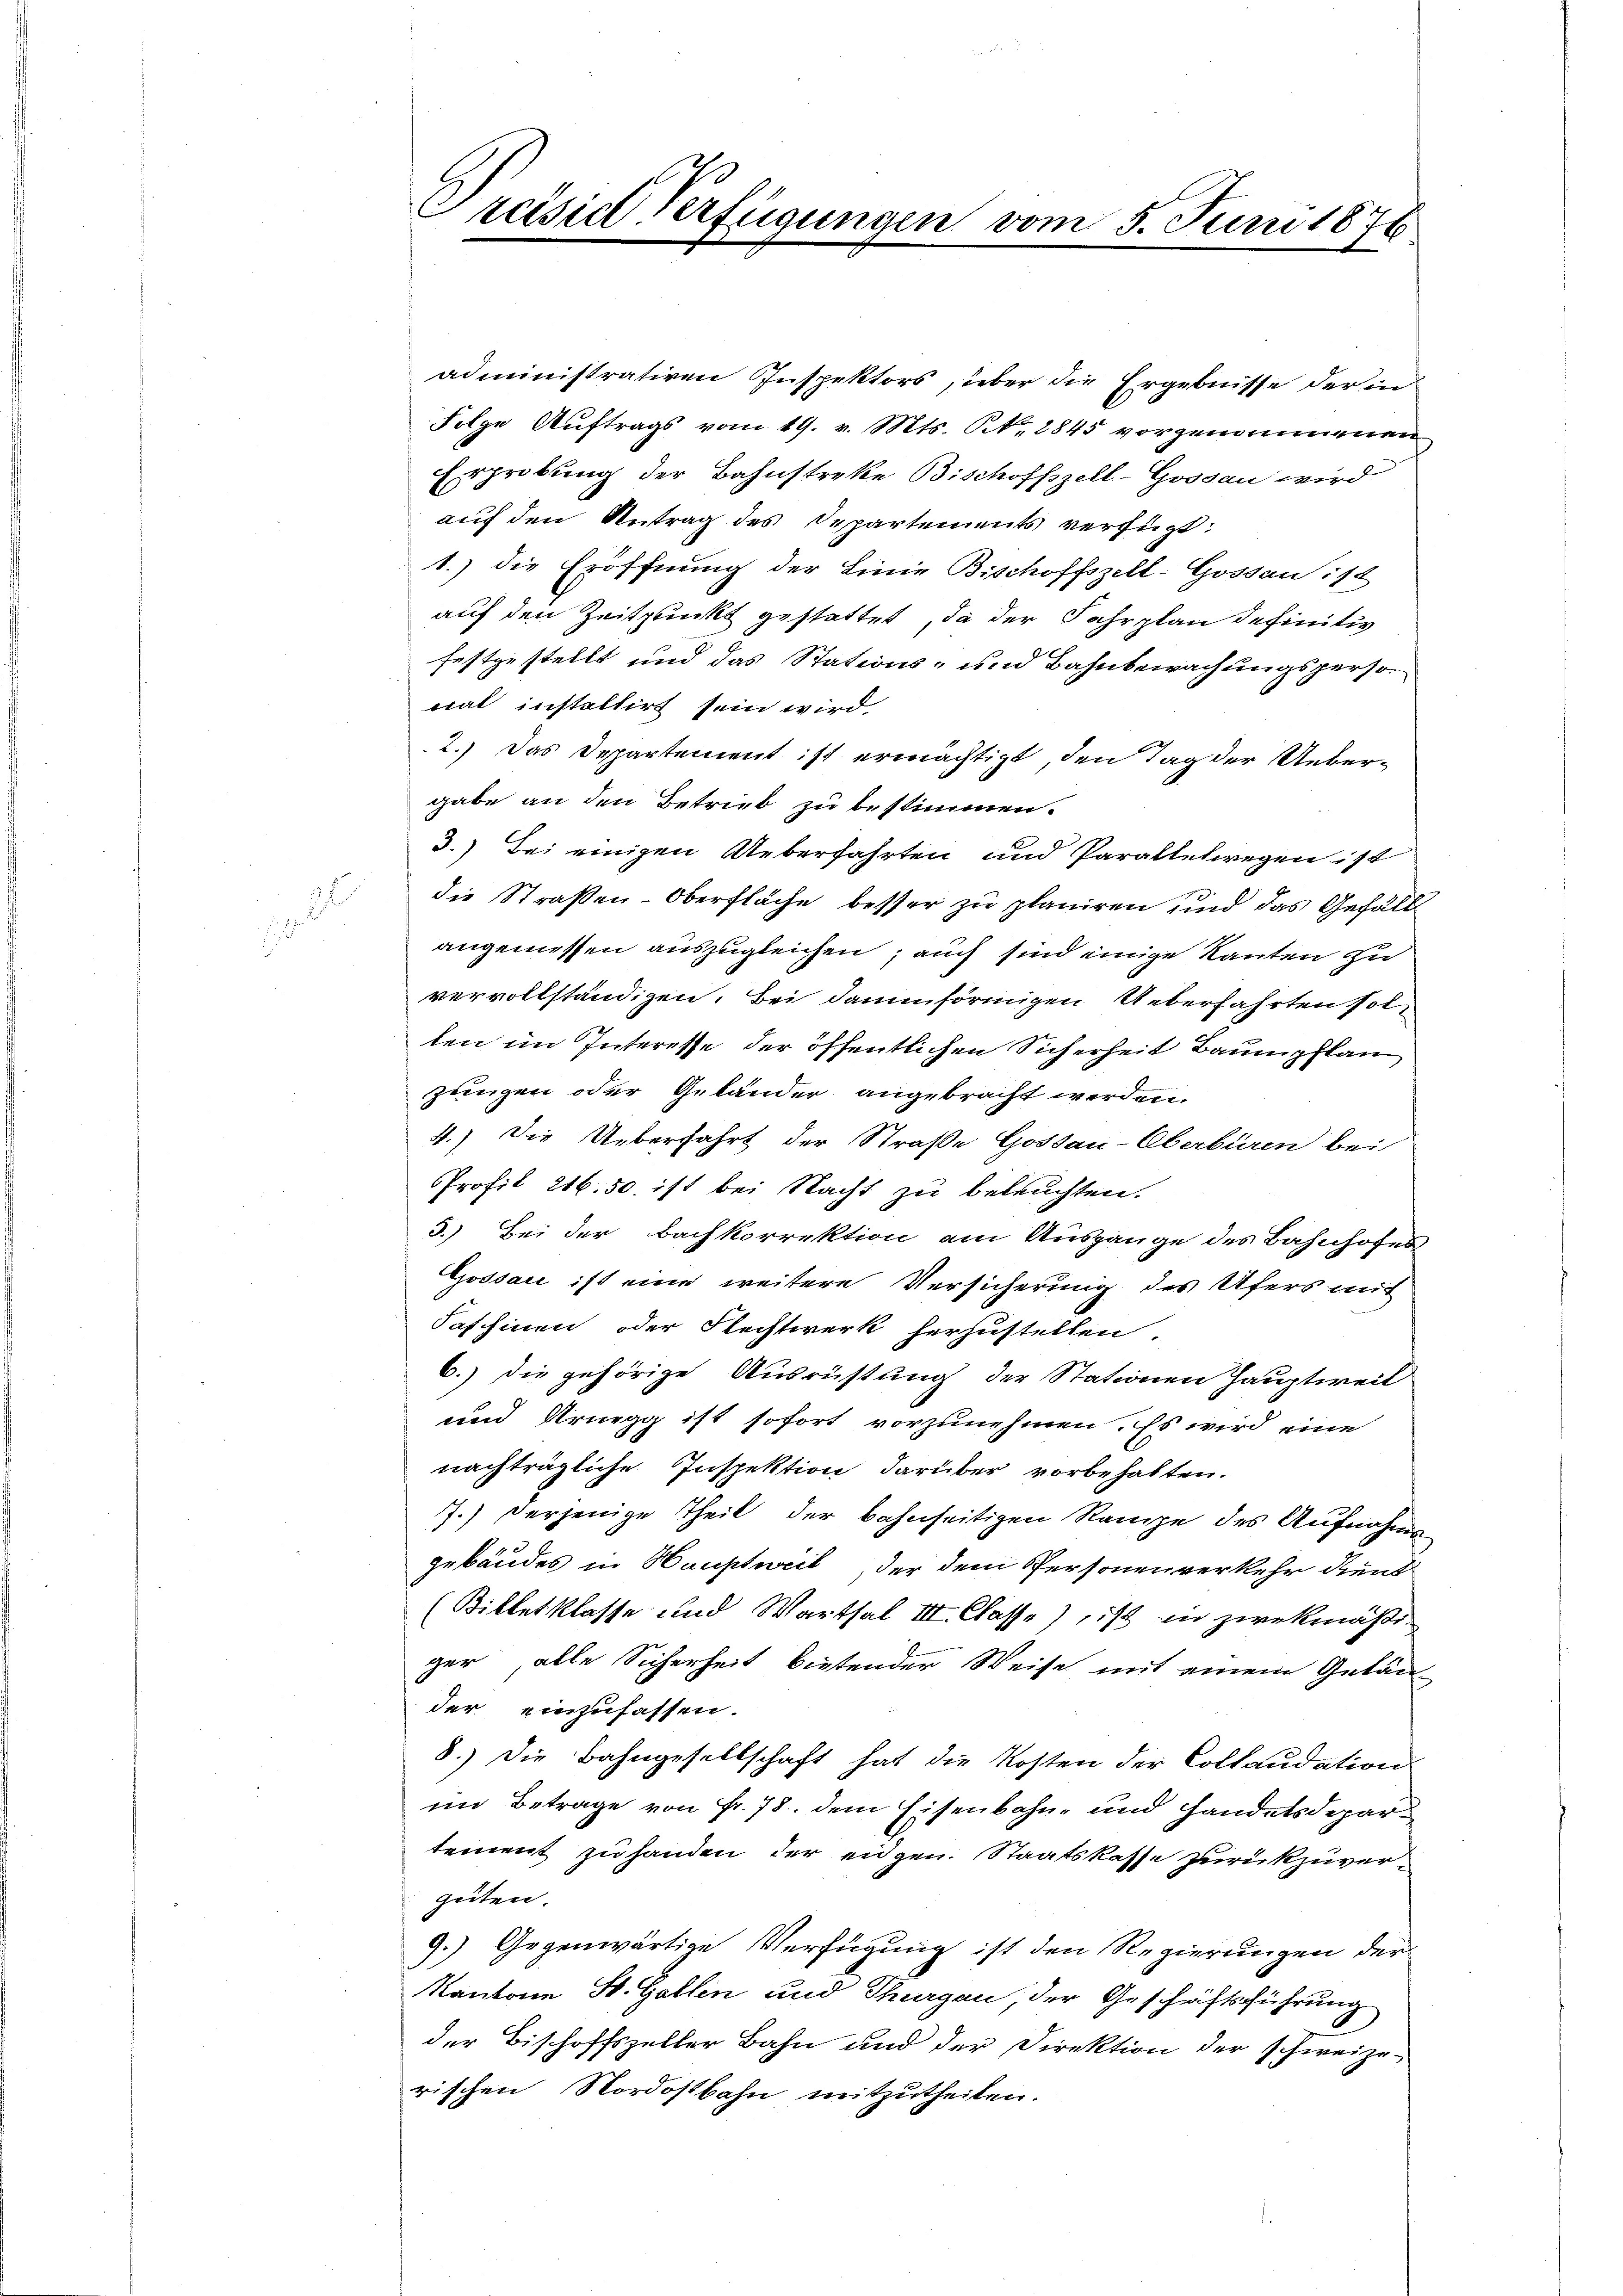
J

administrativen Inspektors, über die Ergebnisse der in
Folge Auftrags vom 19. v. Mts. N. 2845 vorgenommenen
Erhrebung der Bahnstreke Bischoffszell-Gossau wird
auf den Antrag des Departements verfügt:
1.) die Eröffnung der Linie Bischoffszell-Gossau: 18
auf den Zeitpunkt gestattet, da der Fahrplan definitiv
festgestellt und das Stations- und Bahnbewachungspersonal instaltirt sein wird.
2.) Das Departement ist ermächtigt, den Tag der Uebergabe an den Betrieb zu bestimmen.
3.) Bei einigen Ueberfahrten und Paraltetwegen ist
die Straßen-Oberfläche besser zu planiren und das Gefäll
angemessen auszugleichen, auch sind einige Rauten zu
vervollständigen. Bei daminförmigen Ueberfahrten solten im Interesse der öffentlichen Sicherheit Baumpflanz
zungen oder Geländer angebracht werden.
4.) Die Ueberfahrt der Straße Hostau-Oberbüren bei
PProfit 216. 50. ist bei Nacht zu beleuchten.
3.) Bei der Bachkorrektion am Ausgange des Bahnhofes
Gossar ist eine weitere Versicherung des Ufers mit
Saf hinen oder Flechtwerk herzustellen.
6.) Die gehörige Ausrüstung der Stationen Hauptweil
und Arnegg ist sofort vorzunehmen. Es wird eine
nachträgliche Inspektion darüber vorbehalten.
7.) Derjenige Theil der bahnseitigen Rampe des Aufnahme
gebäudes in Hauptweil, der dem Personen verkehr dient
(Billetklasse und Warthal III. Classe), ist in zwekmäßiger, alle Sicherheit bietender Weise mit einem Gelän-
der einzufassen.
8.) Die Bahngesellschaft hat die Kosten der Collaudation
im Betrage von Fr. 78. dem Eisenbahn- und Handelsdepartement zu handen der eidgen. Staatskasse zurückzuvergüten.
9.) Gegenwärtige Verfügung ist den Regierungen der
Kantone St. Gallen und Thurgau, der Geschäftsführung
der Bischoffszeller Bahn und der Direktion der schweize-
rischen Nordostbahn mitzutheilen.

Preisid Verfügungen vom 5. Juni 1876